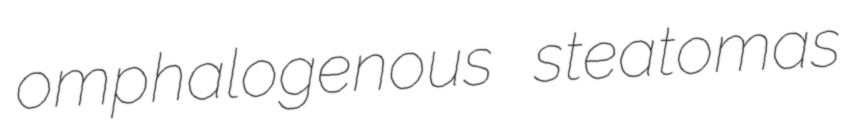
omphalogenous steatomas